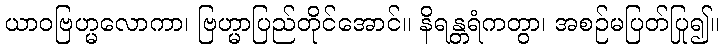
ယာဝဗြဟ္မလောကာ၊ ဗြဟ္မာပြည်တိုင်အောင်။ နိရန္တရံကတွာ၊ အစဉ်မပြတ်ပြု၍။